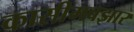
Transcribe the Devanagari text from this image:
कासीमबझार